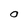
Character: O